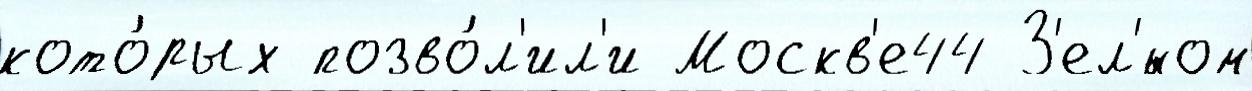
кото́рых позво́л'ил'и Москв'е44 З'ел'́ном